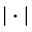
| \cdot |